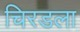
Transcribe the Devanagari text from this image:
चिरडला